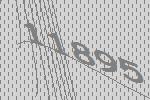
11895